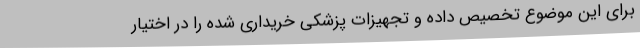
برای این موضوع تخصیص داده و تجهیزات پزشکی خریداری شده را در اختیار